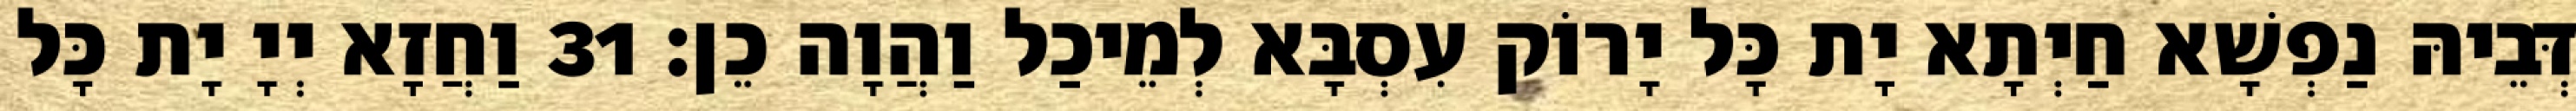
דְּבֵיהּ נַפְשָׁא חַיְתָא יָת כָּל יָרוֹק עִסְבָּא לְמֵיכַל וַהֲוָה כֵן׃ 31 וַחֲזָא יְיָ יָת כָּל